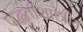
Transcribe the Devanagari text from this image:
पद्धतीशास्त्रीय